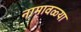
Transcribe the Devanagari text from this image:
नामावळ्या